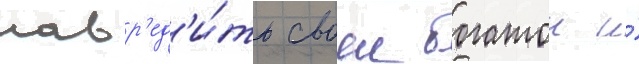
навр'ед'и́ть своеи богатои и́